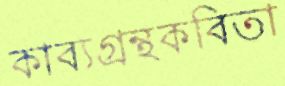
কাব্যগ্রন্থকবিতা